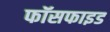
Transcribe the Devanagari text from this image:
फॉसफाइड